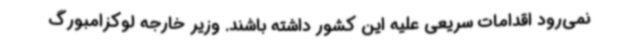
نمی‌رود اقدامات سریعی علیه این کشور داشته باشند. وزیر خارجه لوکزامبورگ